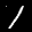
Label: 1